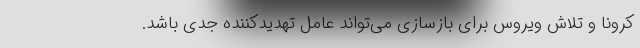
کرونا و تلاش ویروس برای بازسازی می‌تواند عامل تهدید‌کننده جدی باشد.